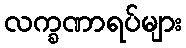
လက္ခဏာရပ်များ